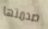
صدمتها